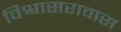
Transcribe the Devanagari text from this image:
विश्वासरावास